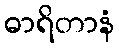
ဓာရိတာနံ